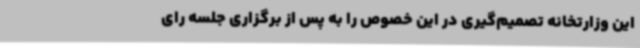
این وزارتخانه تصمیم‌گیری در این خصوص را به پس از برگزاری جلسه رای